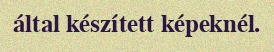
által készített képeknél.